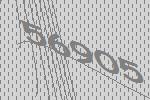
56905